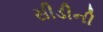
સીડીની